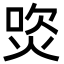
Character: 焁